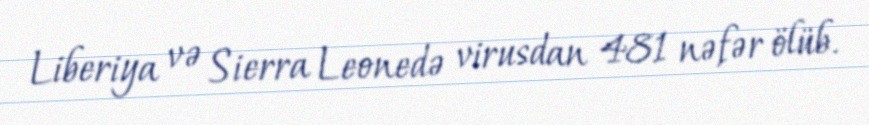
Liberiya və Sierra Leonedə virusdan 481 nəfər ölüb.